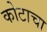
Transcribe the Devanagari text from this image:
कोटाचा